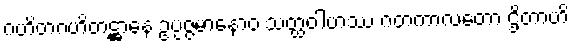
ဂဟိတဂဟိတဋ္ဌာနေ ဥပ္ပဇ္ဇမာနောဝ သတ္ထဝါဟဿ ဂတကာလတော ဌိတာဟိ